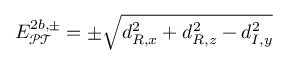
E _ { \mathcal { P T } } ^ { 2 b , \pm } = \pm \sqrt { d _ { R , x } ^ { 2 } + d _ { R , z } ^ { 2 } - d _ { I , y } ^ { 2 } }